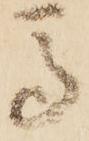
馬